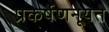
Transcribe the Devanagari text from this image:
प्रकर्षेणनूयते